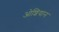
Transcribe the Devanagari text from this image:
ओशियान